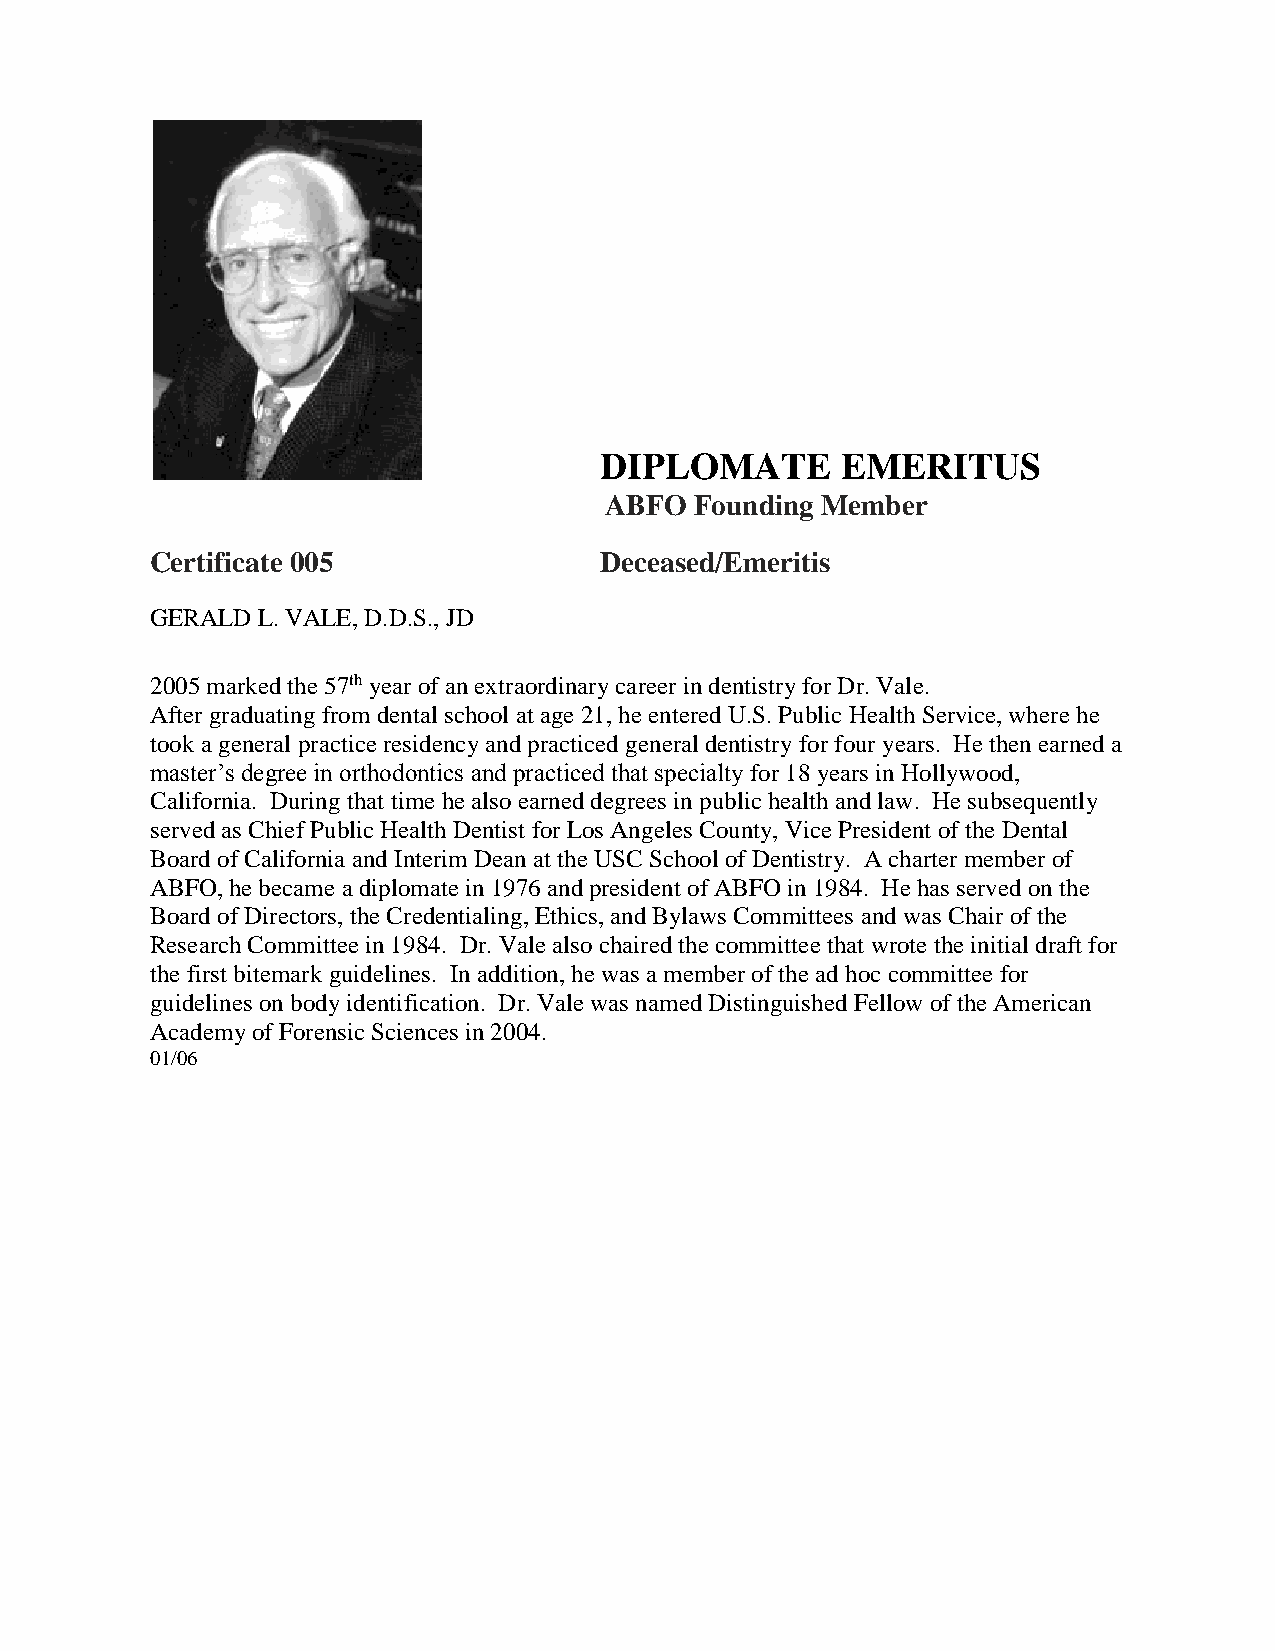
DIPLOMATE       EMERITUS
 ABFO  Founding Member
 Certificate 005               Deceased/Emeritis
 GERALD L. VALE, D.D.S., JD
 2005 marked the 57th year of an extraordinary career in dentistry for Dr. Vale.
 After graduating from dental school at age 21, he entered U.S. Public Health Service, where he
 took a general practice residency and practiced general dentistry for four years. He then earned a
 master’s degree in orthodontics and practiced that specialty for 18 years in Hollywood,
 California. During that time he also earned degrees in public health and law. He subsequently
 served as Chief Public Health Dentist for Los Angeles County, Vice President of the Dental
 Board of California and Interim Dean at the USC School of Dentistry. A charter member of
 ABFO, he became a diplomate in 1976 and president of ABFO in 1984. He has served on the
 Board of Directors, the Credentialing, Ethics, and Bylaws Committees and was Chair of the
 Research Committee in 1984. Dr. Vale also chaired the committee that wrote the initial draft for
 the first bitemark guidelines. In addition, he was a member of the ad hoc committee for
 guidelines on body identification. Dr. Vale was named Distinguished Fellow of the American
 Academy of Forensic Sciences in 2004.
 01/06